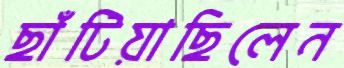
ছাঁটিয়াছিলেন